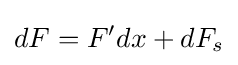
dF=F'dx+dF_{s}